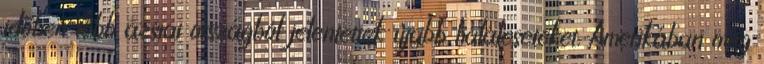
időben több ázsiai országból jelentettek újabb haláleseteket. Amerikában még